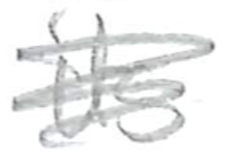
Text: its
Cross-out: scratch
Writing tool: pencil